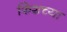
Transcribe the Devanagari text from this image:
फिशच्या